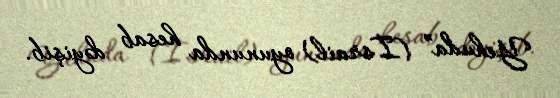
Yehuda” (İsrail) oyununda hesab dəyişib.